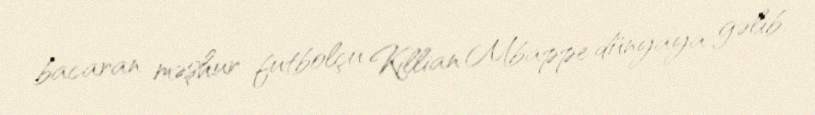
bacaran məşhur futbolçu Killian Mbappe dünyaya gəlib.